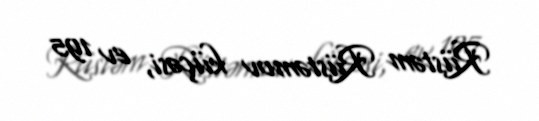
Rüstəm Rüstəmov küçəsi, ev 195